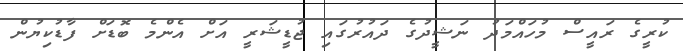
ކުރީގެ ރައީސް މުހައްމަދު ނަޝީދުގެ ދައުރުގައި ޖުޑީޝަރީ އަށް އެންމެ ބޮޑަށް ފާޑުކިޔުން